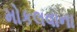
મોકલવાના